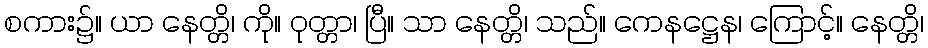
စကား၌။ ယာ နေတ္တိ၊ ကို။ ဝုတ္တာ၊ ပြီ။ သာ နေတ္တိ၊ သည်။ ကေနဋ္ဌေန၊ ကြောင့်။ နေတ္တိ၊